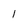
Character: l